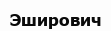
Эширович